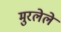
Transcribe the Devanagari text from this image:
मुरलेले